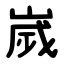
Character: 嵗